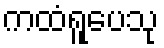
ကထံရူပေသု